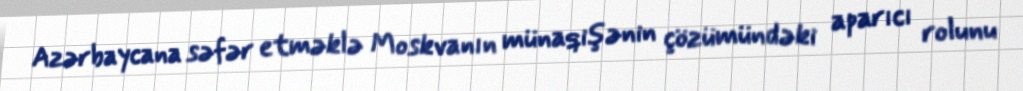
Azərbaycana səfər etməklə Moskvanın münaqişənin çözümündəki aparıcı rolunu